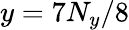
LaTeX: y=7N_{y}/8